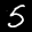
Label: 5